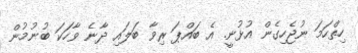
ހިތްހަމަ ނުޖެހިގެން އުޅުނީ. އެ ބައްޕަ ރިވާ ބަލައި ދާނެ ވާހަކަ ބުނުމުން